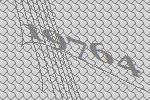
19764